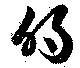
的